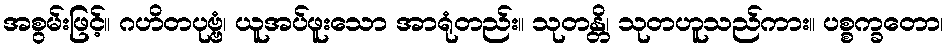
အစွမ်းဖြင့်။ ဂဟိတပုဗ္ဗံ၊ ယူအပ်ဖူးသော အာရုံတည်း။ သုတန္တိ၊ သုတဟူသည်ကား။ ပစ္စက္ခတော၊